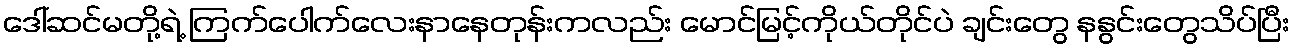
ဒေါ်ဆင်မတို့ရဲ့ ကြက်ပေါက်လေးနာနေတုန်းကလည်း မောင်မြင့်ကိုယ်တိုင်ပဲ ချင်းတွေ နနွင်းတွေသိပ်ပြီး